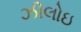
ઝીલોઇ